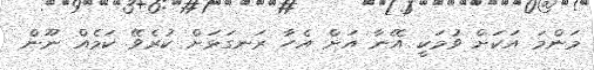
މަންމަ އަކަށް ވުމަކީ އޭނާ އަށް އެހާ ރަނގަޅަށް ކުރެވޭ ކަމެއް ނޫން